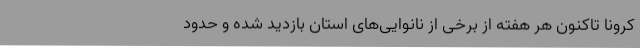
کرونا تاکنون هر هفته از برخی از نانوایی‌های استان بازدید شده و حدود